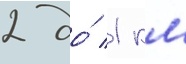
2 до́ 1 км